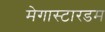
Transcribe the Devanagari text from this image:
मेगास्टारडम